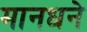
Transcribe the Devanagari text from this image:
मानधने